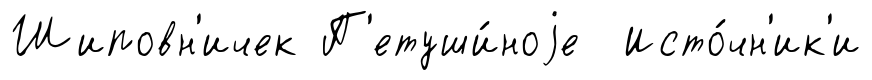
Шиповн'ичек П'етуши́ноjе Исто́чн'ик'и